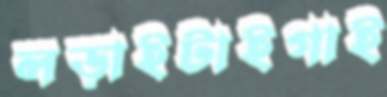
লড়াইটাইগাই